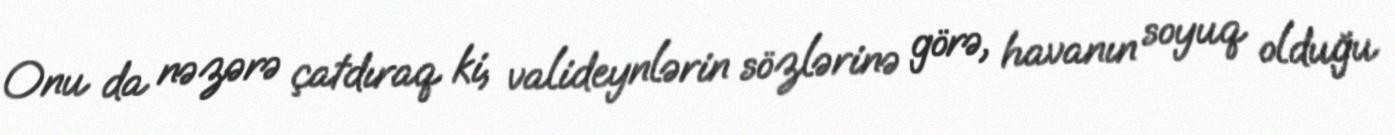
Onu da nəzərə çatdıraq ki, valideynlərin sözlərinə görə, havanın soyuq olduğu